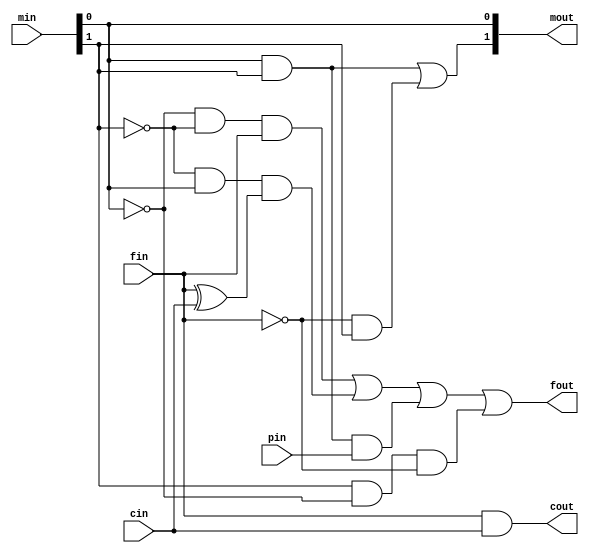
module UCC (output fout, cout, output [1:0] mout, input cin, fin, pin, input [1:0] min);
    // fout -- start
    wire [3:0] i;
    wire j,k;
    and #7 (i[0], ~min[0], ~min[1], fin); // do nothing
    xor #7 (j, fin, cin);
    and #7 (i[1], ~min[1], min[0], j); // count up
    and #7 (i[2], min[1], min[0], pin); // parallel load
    and #7 (i[3], min[1], ~min[0], ~fin); // count down
    or #7 (k,i[0],i[1],i[2]);
    or #7 (fout,k,i[3]);
    // fout -- end

    and #7 (cout,fin,cin); // cout

    // mout -- start
    wire h[1:0];
    and #7 (h[0], min[0],min[1]);
    and #7 (h[1],~fin,min[1]);
    or #7 (mout[1],h[0],h[1]); // mout[1]
    buf (mout[0],min[0]); // mout[0]
    // mout -- end
endmodule